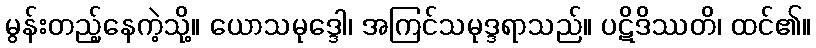
မွန်းတည့်နေကဲ့သို့။ ယောသမုဒ္ဒေါ၊ အကြင်သမုဒ္ဒရာသည်။ ပဋိဒိဿတိ၊ ထင်၏။